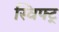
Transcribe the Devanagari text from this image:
स्विफ्ट्